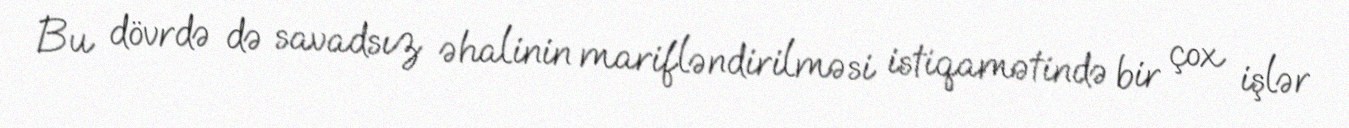
Bu dövrdə də savadsız əhalinin marifləndirilməsi istiqamətində bir çox işlər